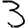
Digit: 3